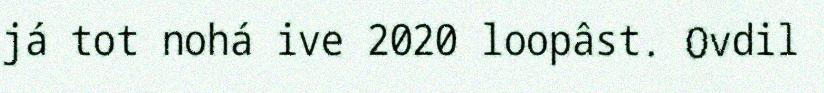
já tot nohá ive 2020 loopâst. Ovdil